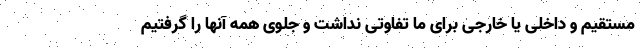
مستقیم و داخلی یا خارجی برای ما تفاوتی نداشت و جلوی همه آنها را گرفتیم